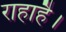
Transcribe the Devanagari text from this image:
राहाहै।